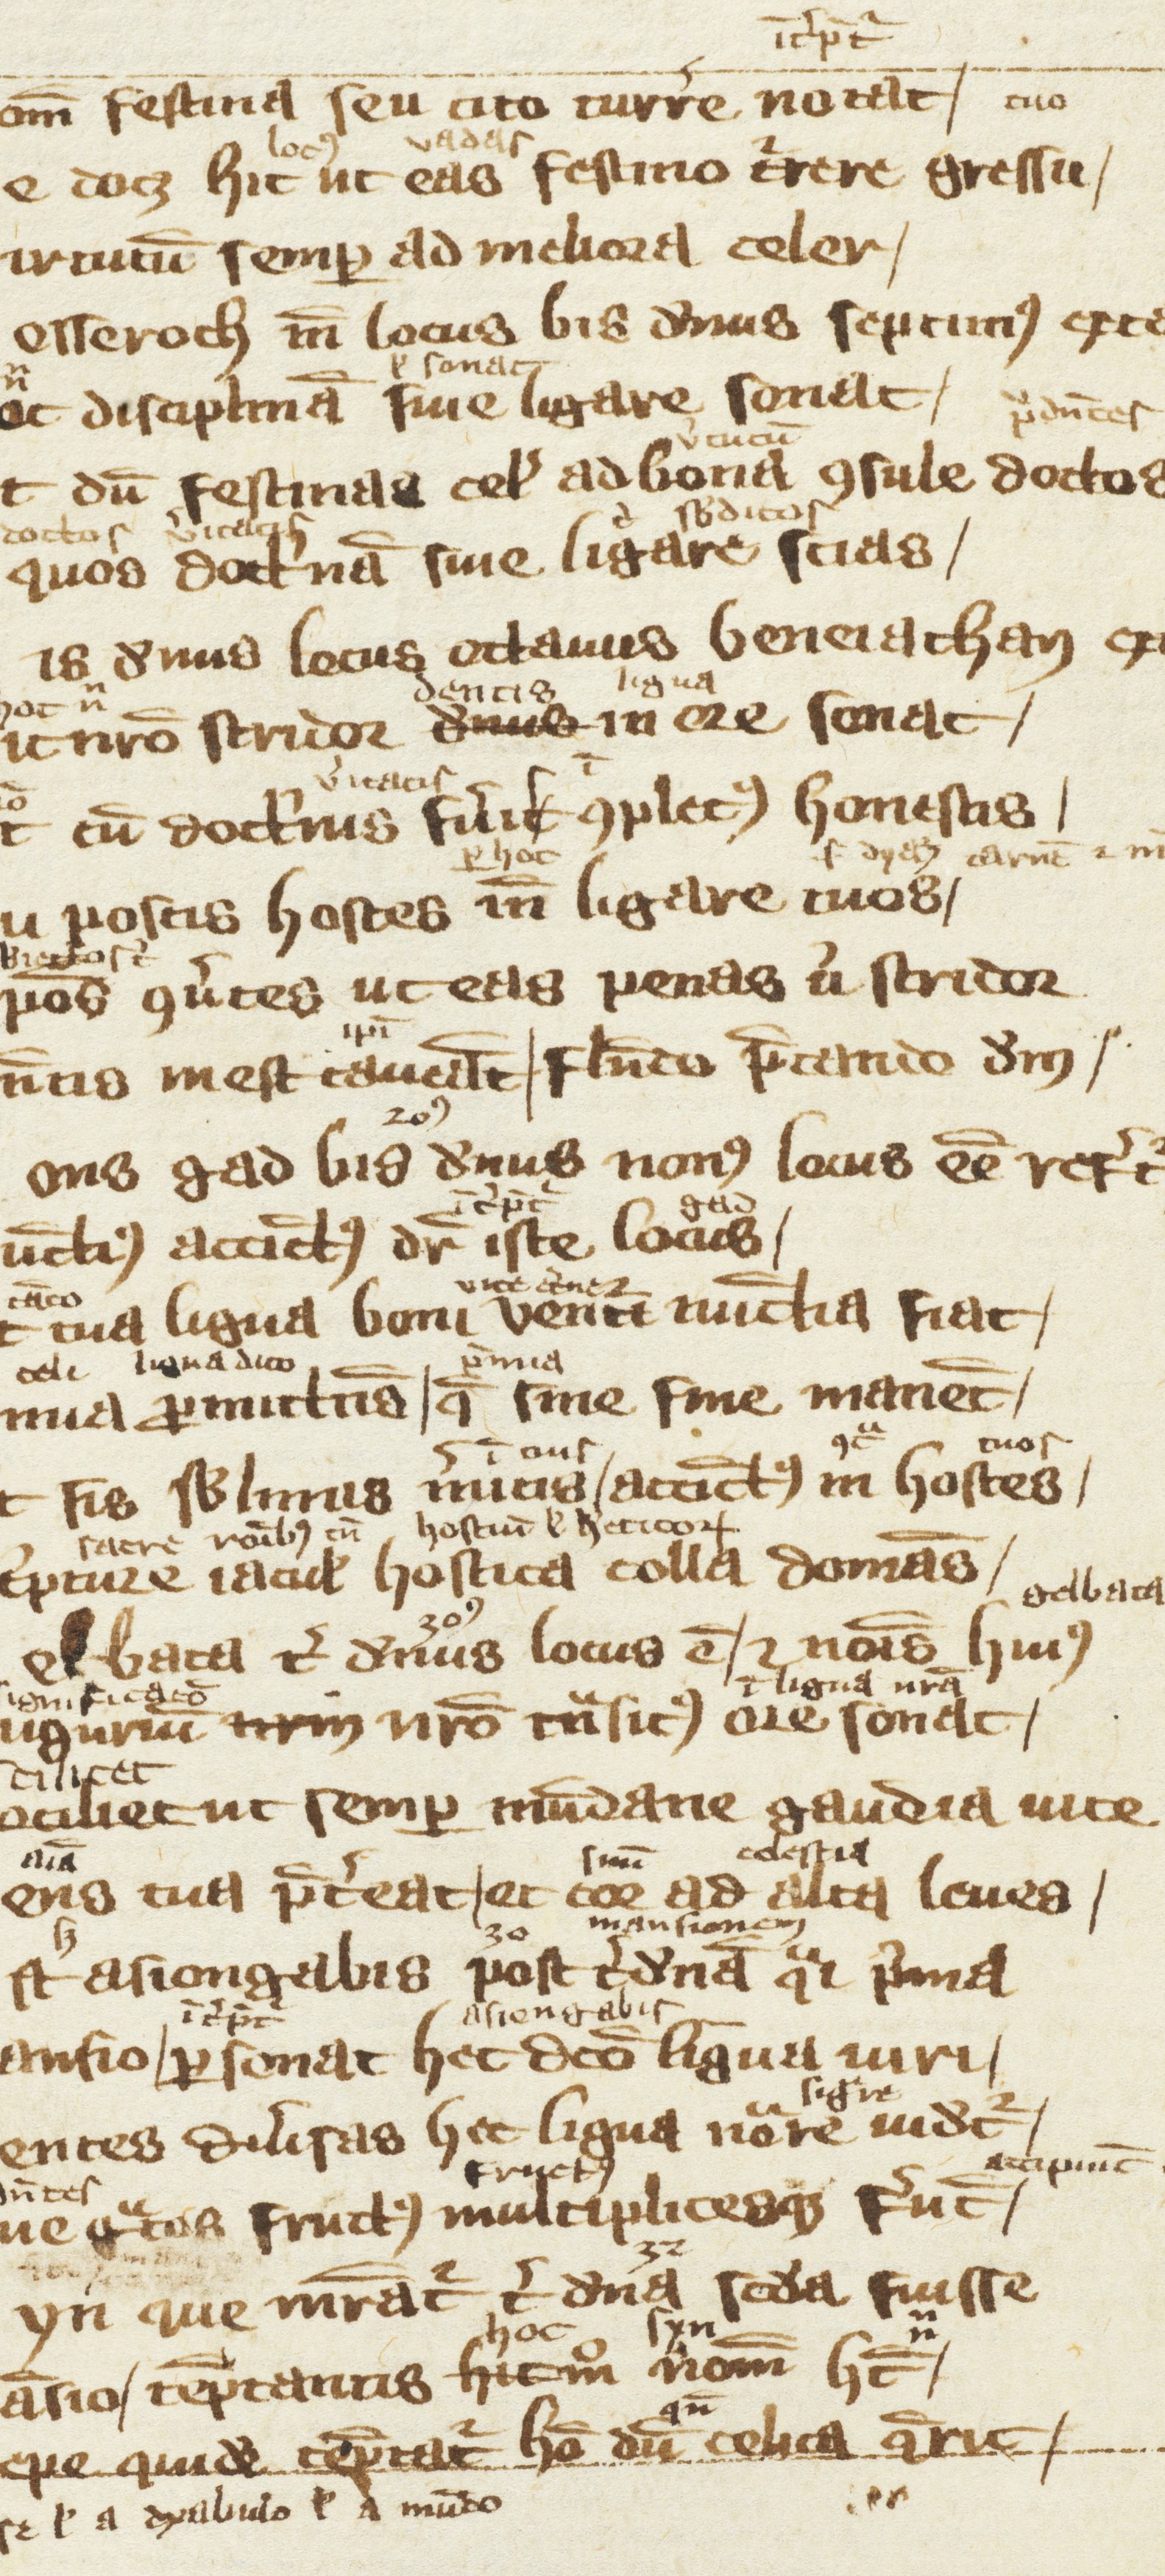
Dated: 1300–1399